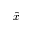
\hat { x }